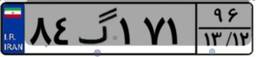
۹۶گ۲۹۱۸۷